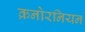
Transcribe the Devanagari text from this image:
क्रनोरनियन